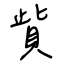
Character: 貲